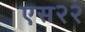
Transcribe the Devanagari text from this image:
एस२२